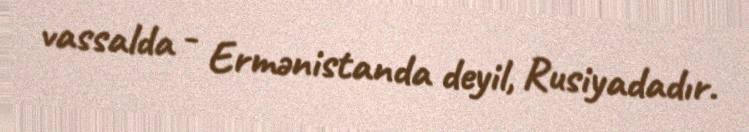
vassalda - Ermənistanda deyil, Rusiyadadır.